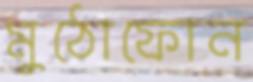
মুঠোফোন